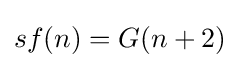
sf(n)=G(n+2)